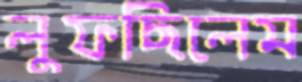
লুফছিলেম